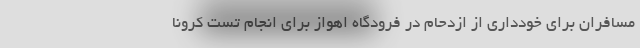
مسافران برای خودداری از ازدحام در فرودگاه اهواز برای انجام تست کرونا